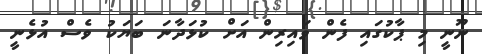
ނޫނީ މި ޕާކުގައި ފެން ވައިރިން އަށް ކުޅަދާނަ ބަޔަކު ވެސް އުޅެނީ